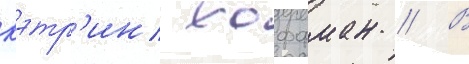
кэтр'ин хоффман // В